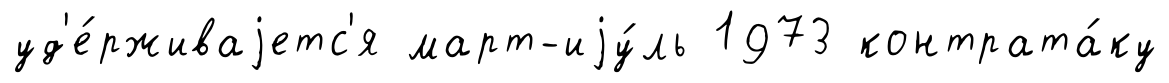
уд'е́рживаjетс'я март-иjу́ль 1973 контрата́ку